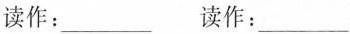
读作：___ 读作：___